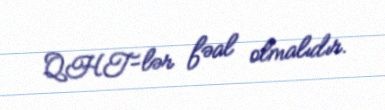
QHT-lər fəal olmalıdır.